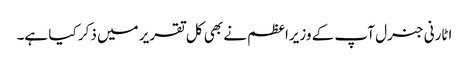
اٹارنی جنرل آپ کے وزیراعظم نے بھی کل تقریر میں ذکر کیا ہے۔